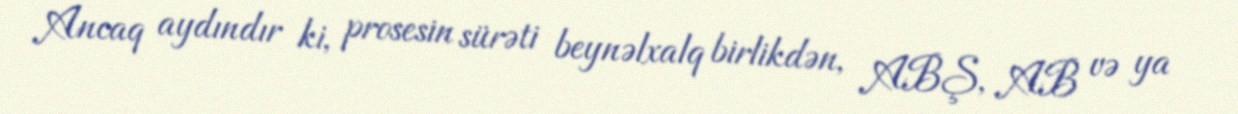
Ancaq aydındır ki, prosesin sürəti beynəlxalq birlikdən, ABŞ, AB və ya